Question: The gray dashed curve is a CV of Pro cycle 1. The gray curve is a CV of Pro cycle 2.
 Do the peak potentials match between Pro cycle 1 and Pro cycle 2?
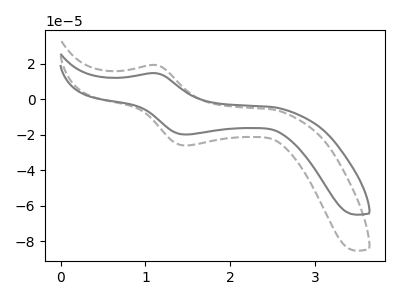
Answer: <think>The gray dashed curve "Pro cycle 1" has an anodic peak at (1.10V, 19.40uA) and a cathodic peak at (1.45V, -26.05uA). The gray curve "Pro cycle 2" has an anodic peak at (1.10V, 14.80uA) and a cathodic peak at (1.45V, -19.85uA).</think>
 <answer>Yes, "Pro cycle 1" have a peak in "Pro cycle 2" at the same potential.</answer>
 <eval>match</eval>